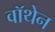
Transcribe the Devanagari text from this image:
वॉथेन